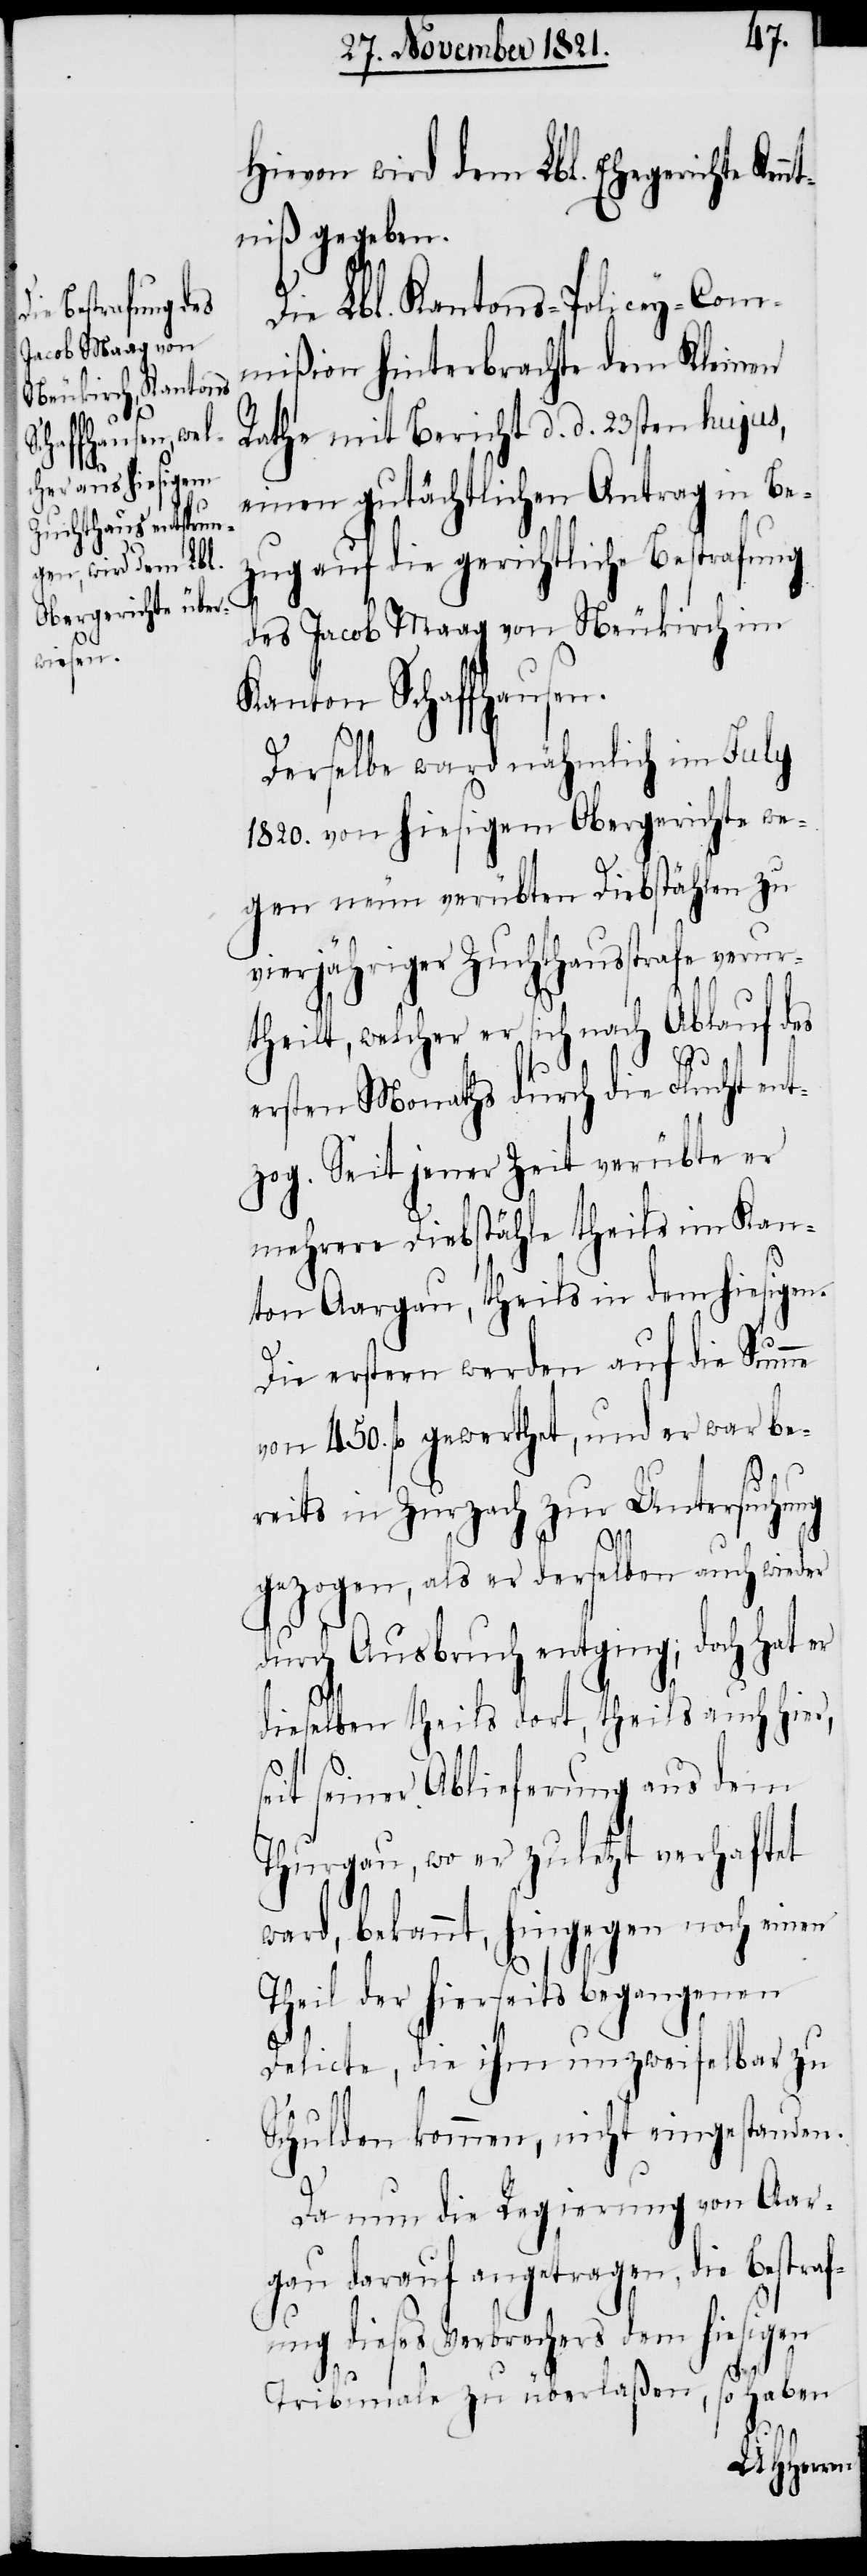
Hievon wird dem Lbl. Ehegerichte Ken¬
ntniß gegeben.
Die Lbl. Kantons-Policey-Com¬
mißion hinterbrachte dem Kleinen
Rathe mit Bericht d. d. 23sten hujus,
einen gutächtlichen Antrag in Be¬
zug auf die gerichtliche Bestrafung
des Jacob Maag von Neukirch im
Kanton Schaffhausen.
Derselbe ward nähmlich im July
1820. von hiesigem Obergerichte we¬
gen neun verübten Diebstählen zu
vierjähriger Zuchthausstrafe verur¬
theilt, welcher er sich nach Ablauf des
ersten Monaths durch die Flucht ent¬
zog. Seit jener Zeit verübte er
mehrere Diebstähle theils im Kan¬
ton Aargau, theils in dem hiesigen.
Die erstern werden auf die Summe
von 450. fl. gewerthet, und er war be¬
reits in Zurzach zur Untersuchung
gezogen, als er derselben auch wieder
durch Ausbruch entging; doch hat er
dieselben theils dort, theils auch hier,
eit seiner Ablieferung aus dem
Thurgau, wo er zuletzt verhaftet
ward, bekannt, hingegen noch einen
Theil der hierseits begangenen
s¬
Delicte, die ihm unzweifelbar zu
Schulden kommen, nicht eingestanden.
Da nun die Regierung von Aar¬
gau darauf angetragen, die Bestraf¬
ung dieses Verbrechers dem hiesigen
Tribunale zu überlaßen, so haben